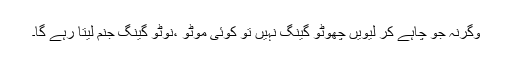
وگرنہ جو چاہے کر لیویں چھوٹو گینگ نہیں تو کوئی موٹو ،نوٹو گینگ جنم لیتا رہے گا۔